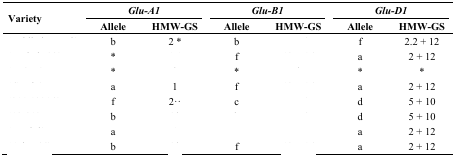
<table><thead><tr><td rowspan="3"><b>Variety</b></td><td colspan="2"><b><i>Glu-A1</i></b></td><td colspan="2"><b><i>Glu-B1</i></b></td><td colspan="2"><b><i>Glu-D1</i></b></td></tr><tr><td><b>Allele</b></td><td><b>HMW-GS</b></td><td><b>Allele</b></td><td><b>HMW-GS</b></td><td><b>Allele</b></td><td><b>HMW-GS</b></td></tr></thead><tbody><tr><td>[EMPTY_CELL]</td><td>b</td><td>2 *</td><td>b</td><td>[EMPTY_CELL]</td><td>f</td><td>2.2 + 12</td></tr><tr><td>[EMPTY_CELL]</td><td>*</td><td>[EMPTY_CELL]</td><td>f</td><td>[EMPTY_CELL]</td><td>a</td><td>2 + 12</td></tr><tr><td>[EMPTY_CELL]</td><td>*</td><td>[EMPTY_CELL]</td><td>*</td><td>[EMPTY_CELL]</td><td>*</td><td>*</td></tr><tr><td>[EMPTY_CELL]</td><td>a</td><td>1</td><td>f</td><td>[EMPTY_CELL]</td><td>a</td><td>2 + 12</td></tr><tr><td>[EMPTY_CELL]</td><td>f</td><td>2··</td><td>c</td><td>[EMPTY_CELL]</td><td>d</td><td>5 + 10</td></tr><tr><td>[EMPTY_CELL]</td><td>b</td><td>[EMPTY_CELL]</td><td>[EMPTY_CELL]</td><td>[EMPTY_CELL]</td><td>d</td><td>5 + 10</td></tr><tr><td>[EMPTY_CELL]</td><td>a</td><td>[EMPTY_CELL]</td><td>[EMPTY_CELL]</td><td>[EMPTY_CELL]</td><td>a</td><td>2 + 12</td></tr><tr><td>[EMPTY_CELL]</td><td>b</td><td>[EMPTY_CELL]</td><td>f</td><td>[EMPTY_CELL]</td><td>a</td><td>2 + 12</td></tr></tbody></table>